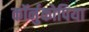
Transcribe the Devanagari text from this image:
कॉर्नुकोपिया